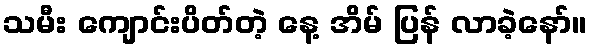
သမီး ကျောင်းပိတ်တဲ့ နေ့ အိမ် ပြန် လာခဲ့နော်။